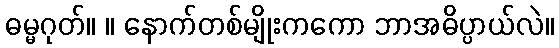
ဓမ္မဂုတ်။ ။ နောက်တစ်မျိုးကကော ဘာအဓိပ္ပာယ်လဲ။